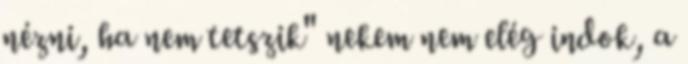
nézni, ha nem tetszik" nekem nem elég indok, a